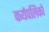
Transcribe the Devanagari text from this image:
कर्यपलिकों